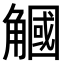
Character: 𧤯